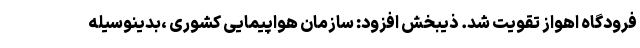
فرودگاه اهواز تقویت شد. ذیبخش افزود: سازمان هواپیمایی کشوری ،بدینوسیله